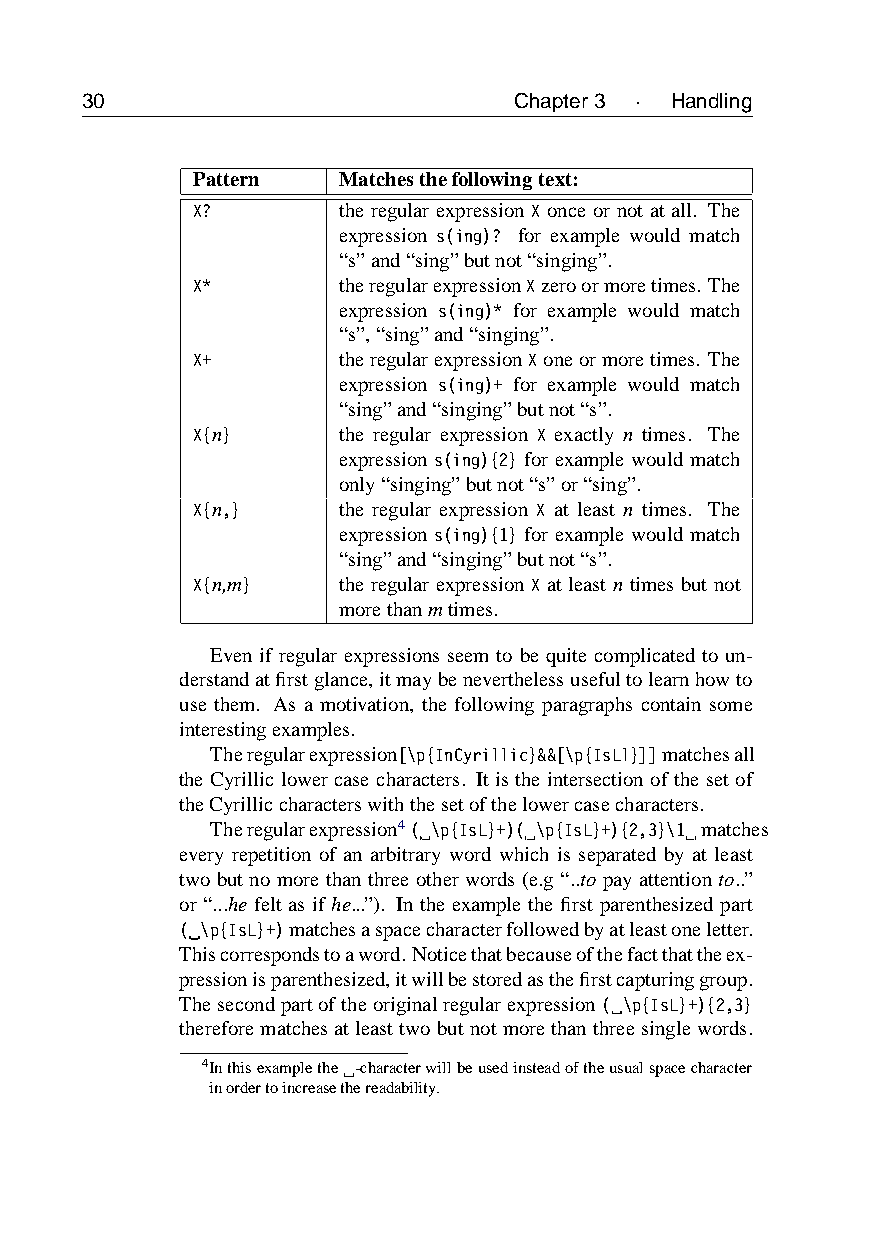
30                           Chapter3 · Handling
 Pattern  Matchesthefollowingtext:
 X?       the regular expression X once or not at all. The
 expression s(ing)? for example would match
 “s”and“sing”butnot“singing”.
 X*       theregularexpressionXzeroormoretimes. The
 expression s(ing)* for example would match
 “s”,“sing”and“singing”.
 X+       theregularexpressionXoneormoretimes. The
 expression s(ing)+ for example would match
 “sing”and“singing”butnot“s”.
 X{n}     the regular expression X exactly n times. The
 expression s(ing){2} for example would match
 only“singing”butnot“s”or“sing”.
 X{n,}    the regular expression X at least n times. The
 expression s(ing){1} for example would match
 “sing”and“singing”butnot“s”.
 X{n,m}   the regular expression X at least n times but not
 morethanmtimes.
 Even if regular expressions seem to be quite complicated to un-
 derstandatfirstglance,itmaybeneverthelessusefultolearnhowto
 use them. As a motivation, the following paragraphs contain some
 interestingexamples.
 Theregularexpression[\p{InCyrillic}&&[\p{IsLl}]]matchesall
 the Cyrillic lower case characters. It is the intersection of the set of
 theCyrilliccharacterswiththesetofthelowercasecharacters.
 Theregularexpression4( \p{IsL}+)( \p{IsL}+){2,3}\1 matches
 every repetition of an arbitrary word which is separated by at least
 two but no more than three other words (e.g “..to pay attention to..”
 or “...he felt as if he...”). In the example the first parenthesized part
 ( \p{IsL}+)matchesaspacecharacterfollowedbyatleastoneletter.
 Thiscorrespondstoaword.Noticethatbecauseofthefactthattheex-
 pressionisparenthesized,itwillbestoredasthefirstcapturinggroup.
 Thesecondpartoftheoriginalregularexpression( \p{IsL}+){2,3}
 thereforematchesatleasttwobutnotmorethanthreesinglewords.
 4Inthisexamplethe -characterwillbeusedinsteadoftheusualspacecharacter
 inordertoincreasethereadability.